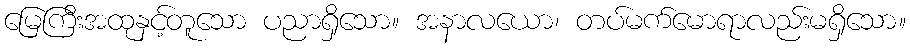
မြေကြီးအထုနှင့်တူသော ပညာရှိသော။ အနာလယော၊ တပ်မက်မောရာလည်းမရှိသော။